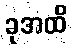
ခုအထိ